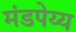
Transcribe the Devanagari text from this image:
मंडपेय्य